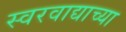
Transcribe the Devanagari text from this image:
स्वरवाद्याच्या